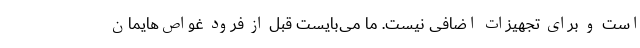
است و برای تجهیزات اضافی نیست. ما می‌بایست قبل از فرود غواص‌هایمان